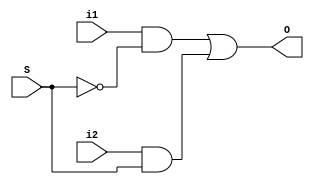
module mux_2x1(
	output O,
	input i1, i2,
	input S
);

	assign O = (i1 && !S) || (i2 && S);
endmodule

module mux_4x1(output O, 
	input i1, i2, i3, i4,
	input [1: 0] S
);
	assign O = (i1 && !S[0]  && !S[1]) ||
		   (i2 &&  S[0]  && !S[1]) ||
		   (i3 && !S[0]  &&  S[1]) ||
		   (i4 &&  S[0]  &&  S[1]);

endmodule

module half_adder(output S, C, input x, y);
	xor (S, x, y);
	and (C, x, y);

endmodule

module full_adder(output S, C, input x, y, z);
	wire tmp, c1, c2;

	half_adder HA1 (tmp, c1, x, y);
	half_adder HA2 (S, c2, tmp, z);
	
	or (C, c1, c2);

endmodule